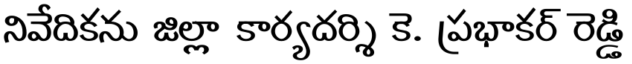
నివేదికను జిల్లా కార్యదర్శి కె. ప్రభాకర్ రెడ్డి